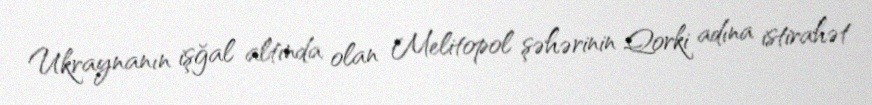
Ukraynanın işğal altında olan Melitopol şəhərinin Qorki adına istirahət